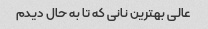
عالی بهترین نانی که تا به حال دیدم